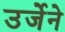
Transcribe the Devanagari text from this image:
उर्जेने